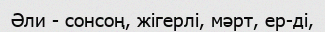
Әли - сонсоң, жігерлі, мәрт, ер-ді,